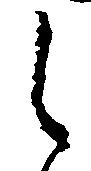
之